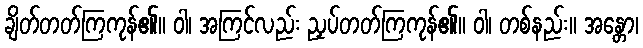
ချိတ်တတ်ကြကုန်၏။ ဝါ၊ အကြင်လည်း ညှပ်တတ်ကြကုန်၏။ ဝါ၊ တစ်နည်း။ အန္တော၊